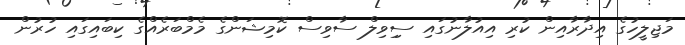
މަޖިލީހުގެ އިދާރާއިން ކުރި އިއުލާނުގައި ސިިވިލް ސާވިސް ކޮމިޝަންގެ މެމްބަރެއްގެ ކިބައިގައި ހުރުން